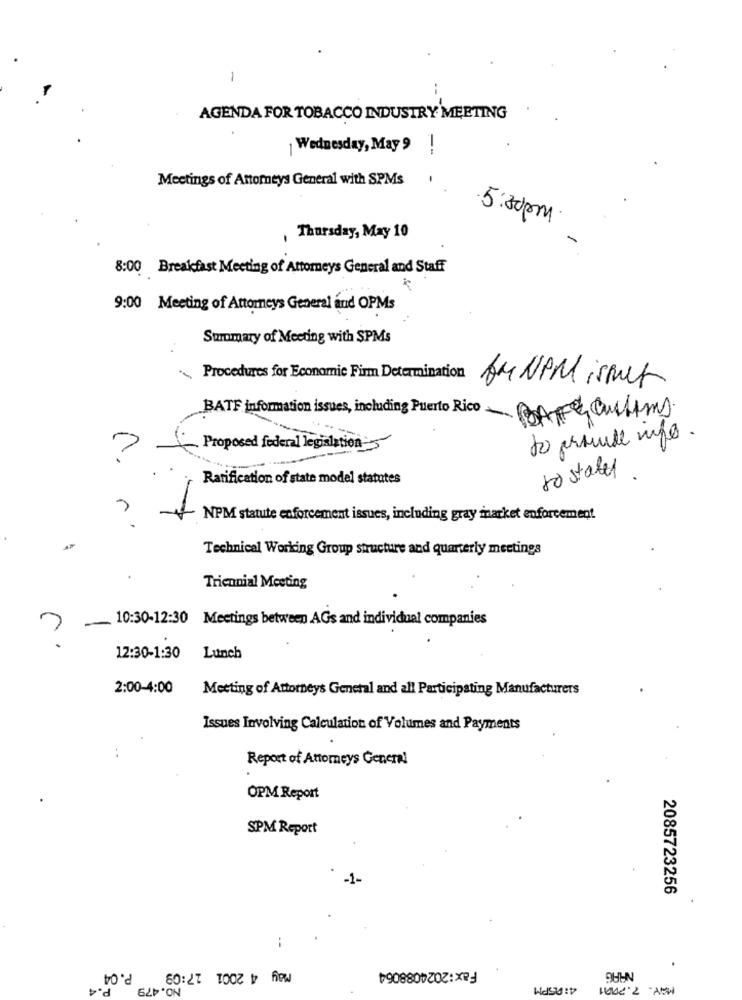
1
AGENDA FOR TOBACCO INDUSTRY MEETING
Wednesday, May 9
1
Meetings of Attorneys General with SPMs
5:30pm
Thursday, May 10
8:00 Breakfast Meeting of Attorneys General and Staff
9:00 Meeting of Attorneys General and OPMs
Summary of Meeting with SPMs
Procedures for Economic Firm Determination
ANNAM ismet
BATE information issues, including Puerto RicoBAT auchims.
to provide info.
Proposed federal legislation"s"
Ratification of state model statutes
to states.
NPM statute enforcement issues, including gray market enforcement
Technical Working Group structure and quarterly meetings
Triennial Meeting
10:30-12:30 Meetings between AGs and individual companies
12:30-1:30 Lunch
2:00-4:00
Meeting of Attorneys General and all Participating Manufacturers
Issues Involving Calculation of Volumes and Payments
..
Report of Attorneys General
OPM Report
SPM Report
2085723256
:
P.04
May 4 2001 17:09
Fax:2024088064
P.4
NO.479